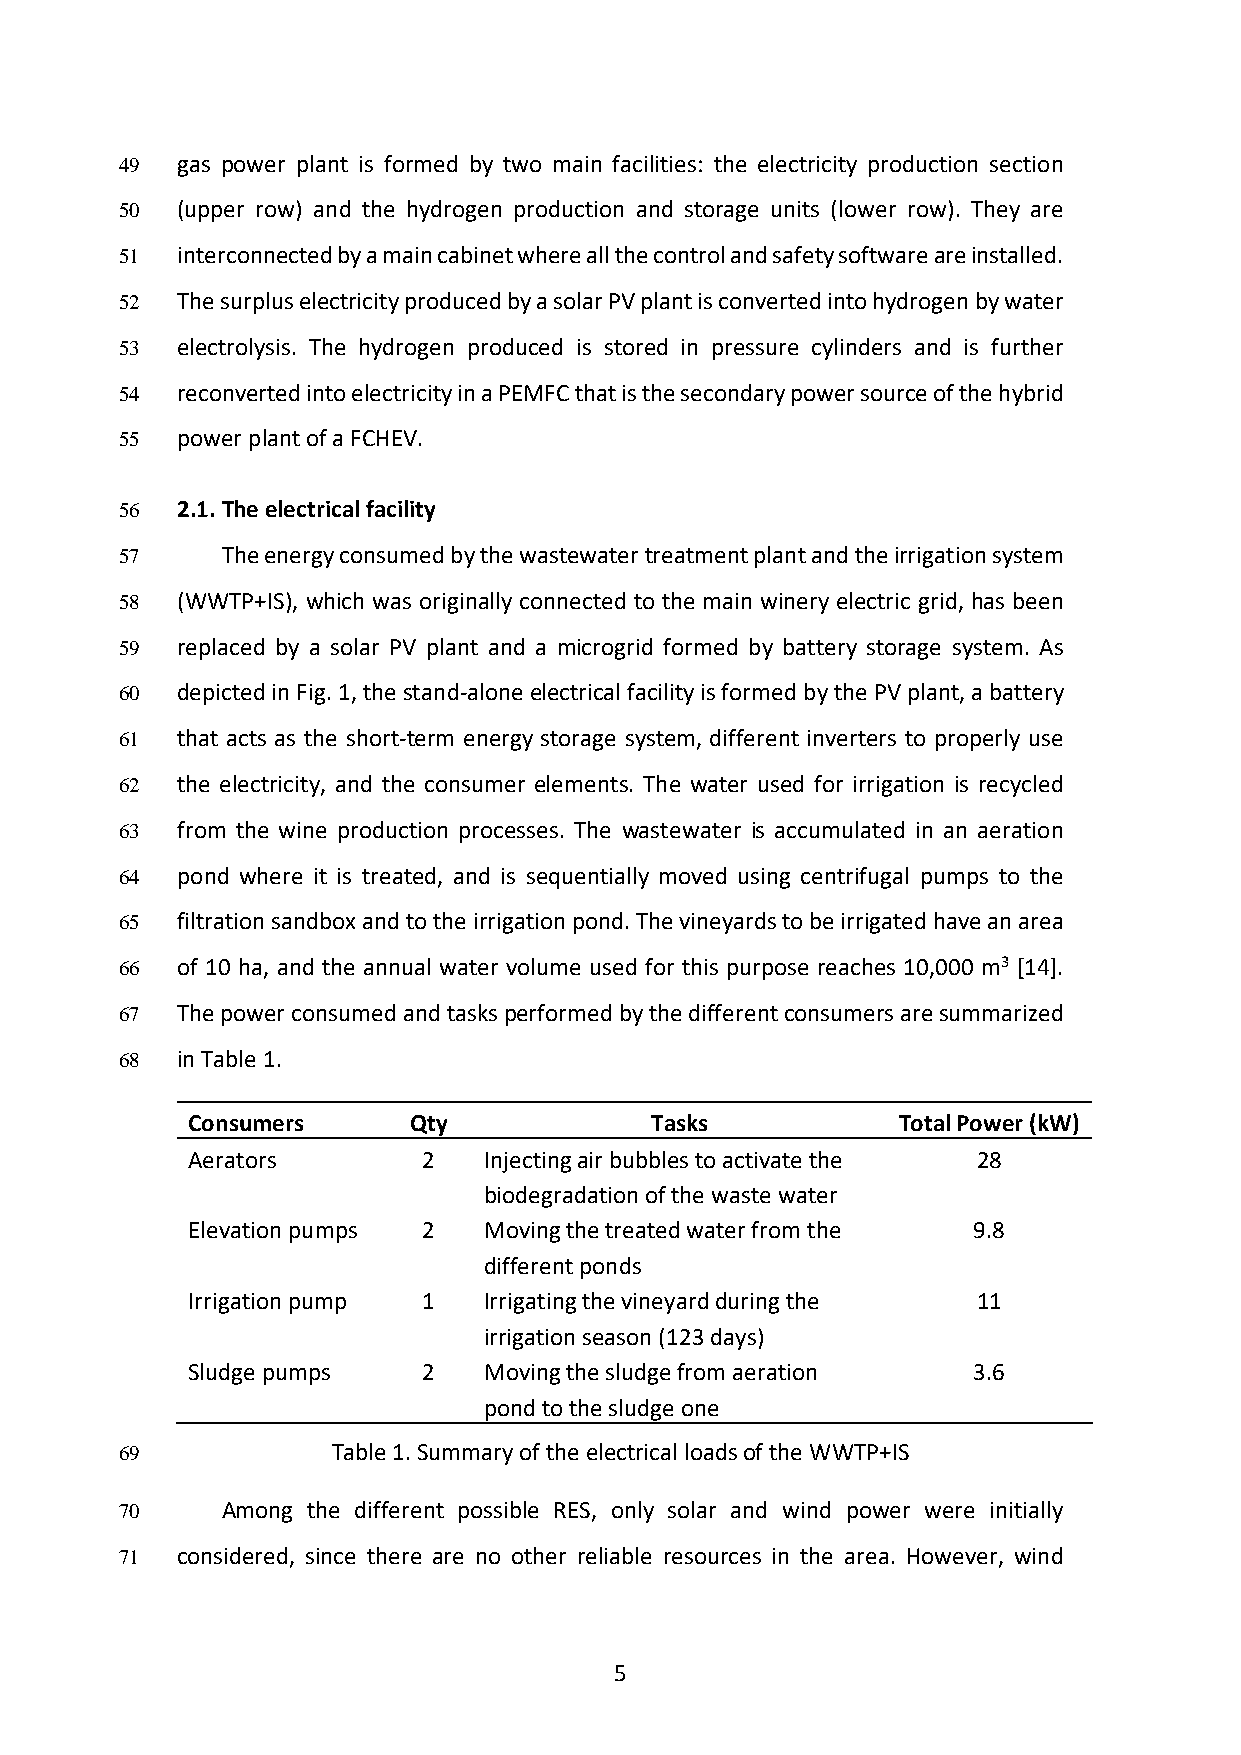
49  gas power plant is formed by two main facilities: the electricity production section
 50  (upper row) and the hydrogen production and storage units (lower row). They are
 51  interconnected by a main cabinet where all the control and safety software are installed.
 52  The surplus electricity produced by a solar PV plant is converted into hydrogen by water
 53  electrolysis. The hydrogen produced is stored in pressure cylinders and is further
 54  reconverted into electricity in a PEMFC that is the secondary power source of the hybrid
 55  power plant of a FCHEV.
 56  2.1. The electrical facility
 57     The energy consumed by the wastewater treatment plant and the irrigation system
 58  (WWTP+IS), which was originally connected to the main winery electric grid, has been
 59  replaced by a solar PV plant and a microgrid formed by battery storage system. As
 60  depicted in Fig. 1, the stand-alone electrical facility is formed by the PV plant, a battery
 61  that acts as the short-term energy storage system, different inverters to properly use
 62  the electricity, and the consumer elements. The water used for irrigation is recycled
 63  from the wine production processes. The wastewater is accumulated in an aeration
 64  pond where it is treated, and is sequentially moved using centrifugal pumps to the
 65  filtration sandbox and to the irrigation pond. The vineyards to be irrigated have an area
 66  of 10 ha, and the annual water volume used for this purpose reaches 10,000 m3 [14].
 67  The power consumed and tasks performed by the different consumers are summarized
 68  in Table 1.
 Consumers      Qty             Tasks           Total Power (kW)
 Aerators        2   Injecting air bubbles to activate the 28
 biodegradation of the waste water
 Elevation pumps 2   Moving the treated water from the 9.8
 different ponds
 Irrigation pump 1   Irrigating the vineyard during the 11
 irrigation season (123 days)
 Sludge pumps    2   Moving the sludge from aeration 3.6
 pond to the sludge one
 69            Table 1. Summary of the electrical loads of the WWTP+IS
 70     Among the different possible RES, only solar and wind power were initially
 71  considered, since there are no other reliable resources in the area. However, wind
 5